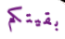
بقيتكم